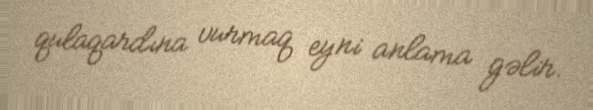
qulaqardına vurmaq eyni anlama gəlir.